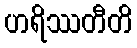
ဟရိဿတီတိ